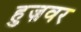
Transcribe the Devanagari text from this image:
हुज़वर